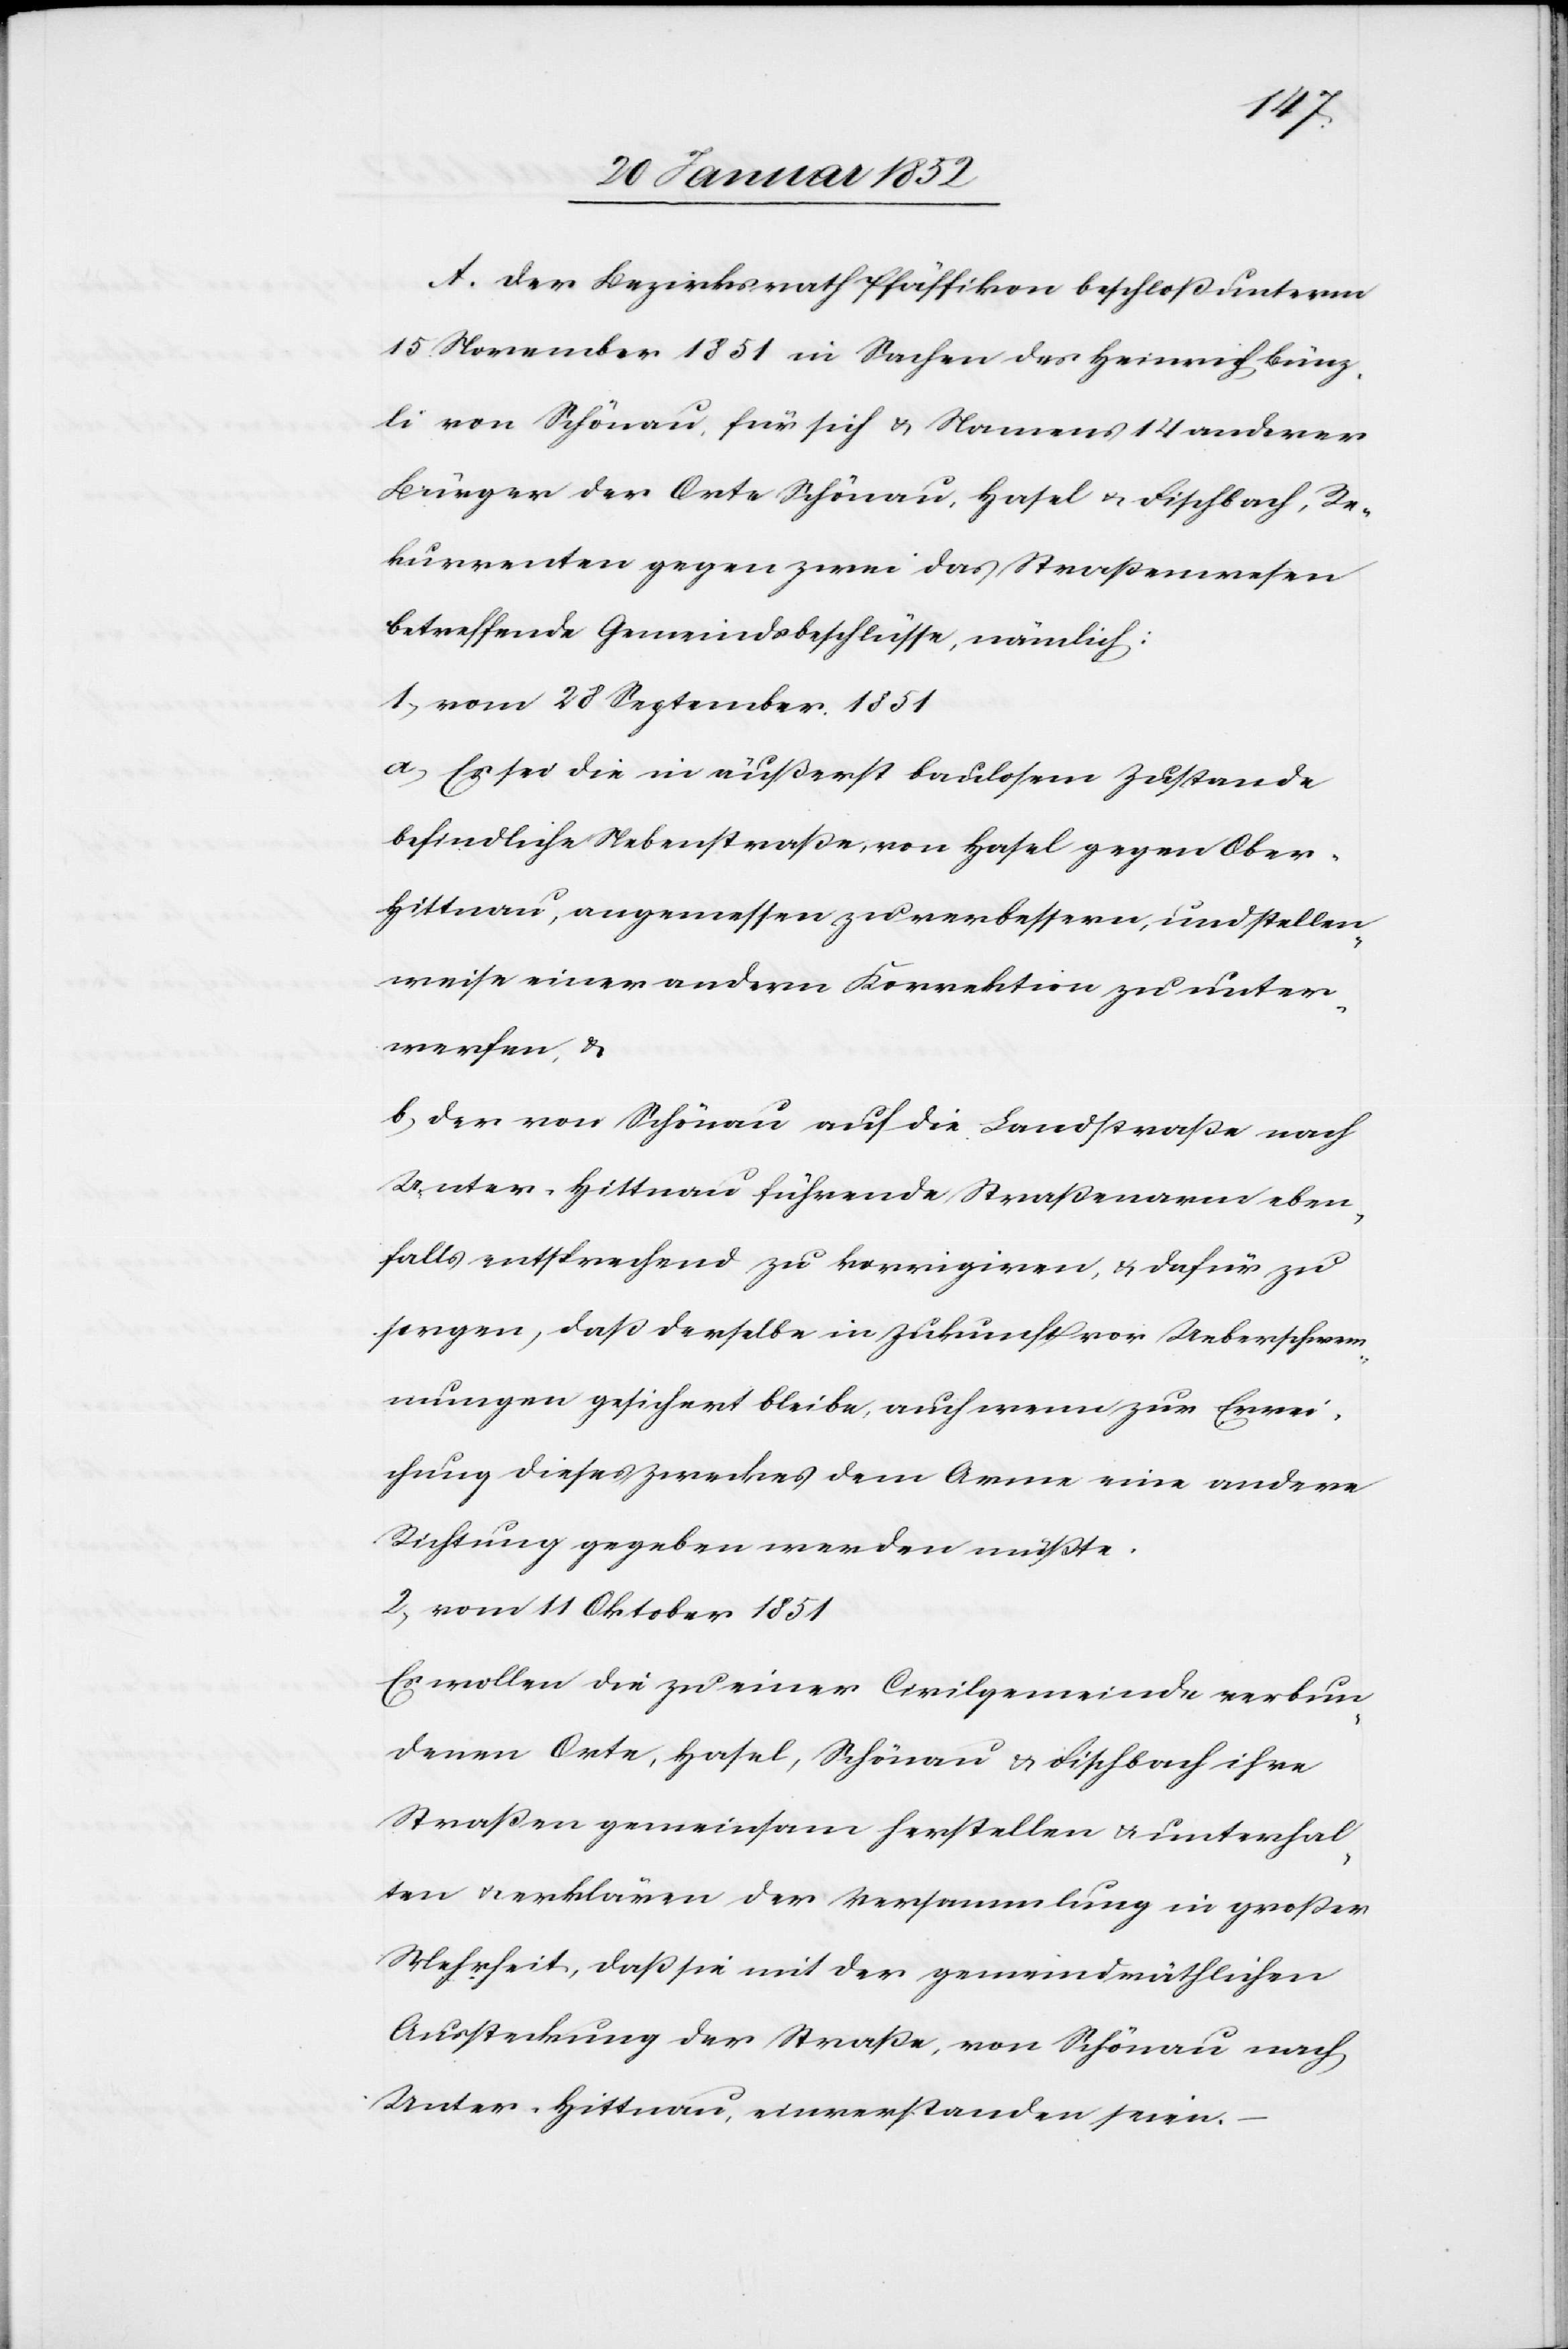
A. Der Bezirksrath Pfäffikon beschloß unterm
15 November 1851 in Sachen des Heinrich Bünz¬
li von Schönau, für sich u. Namens 14 anderer
Bürger der Orte Schönau, Hasel u. Fischbach, Re¬
kurrenten gegen zwei das Straßenwesen
betreffende Gemeindsbeschlüsse, nämlich:
1.) vom 28 September 1851
a) Es sei die in äußerst baulosem Zustande
befindliche Nebenstraße, von Hasel gegen Ober¬
hittnau, angemessen zu verbessern, und stellen¬
weise einer anderen Korrektion zu unter¬
ziehen, u.
b) Der von Schönau auf die Landstraße nach
Unter-Hittnau führende Straßenarm eben¬
falls entsprechend zu korrigieren, u. dafür zu
sorgen, daß derselbe in Zukunft vor Ueberschwem¬
mungen gesichert bleibe, auch wenn zur Errei¬
chung dieses Zweckes dem Arme eine andere
Richtung gegeben werden müßte.
2.) vom 11 Oktober 1851
Es wollen die zu einer Civilgemeinde verbun¬
denen Orte, Hasel, Schönau u. Fischbach ihre
Straßen gemeinsam herstellen u. unterhal¬
ten u. erklären der Versammlung in großer
Mehrheit, daß sie mit der gemeindräthlichen
Aussteckung der Straße, von Schönau nach
Unter-Hittnau, einverstanden seien.